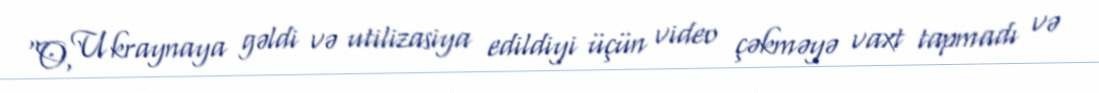
“O, Ukraynaya gəldi və utilizasiya edildiyi üçün video çəkməyə vaxt tapmadı və